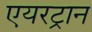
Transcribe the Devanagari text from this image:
एयरट्रान